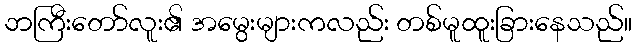
ဘကြီးတော်လူး၏ အမွေးများကလည်း တစ်မူထူးခြားနေသည်။